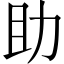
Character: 助